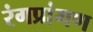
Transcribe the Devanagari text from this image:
रंगप्रांगण